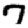
Digit: 7